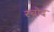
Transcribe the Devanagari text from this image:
रचोद